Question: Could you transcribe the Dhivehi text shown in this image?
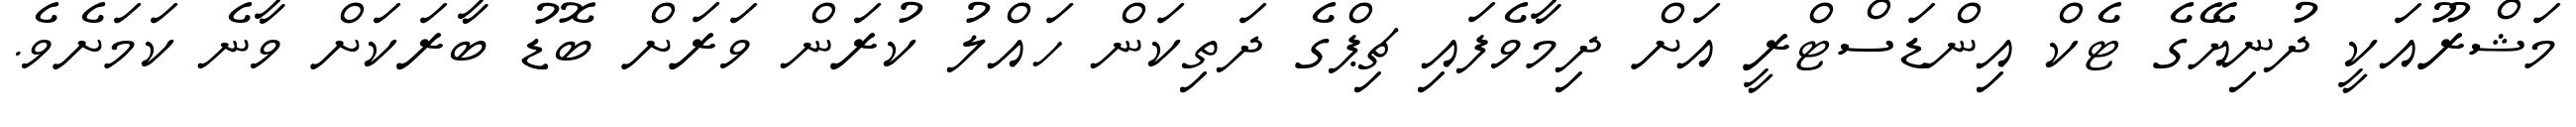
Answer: މަޝްރޫއަކީ ދުނިޔޭގެ ޓެކް އިންޑަސްޓްރީ އަށް ދިމާވެފައި ޗިޕްގެ ދަތިކަން ހައްލު ކުރަން ވަރަށް ބޮޑު ބާރަކަށް ވާނެ ކަމަށެވެ.